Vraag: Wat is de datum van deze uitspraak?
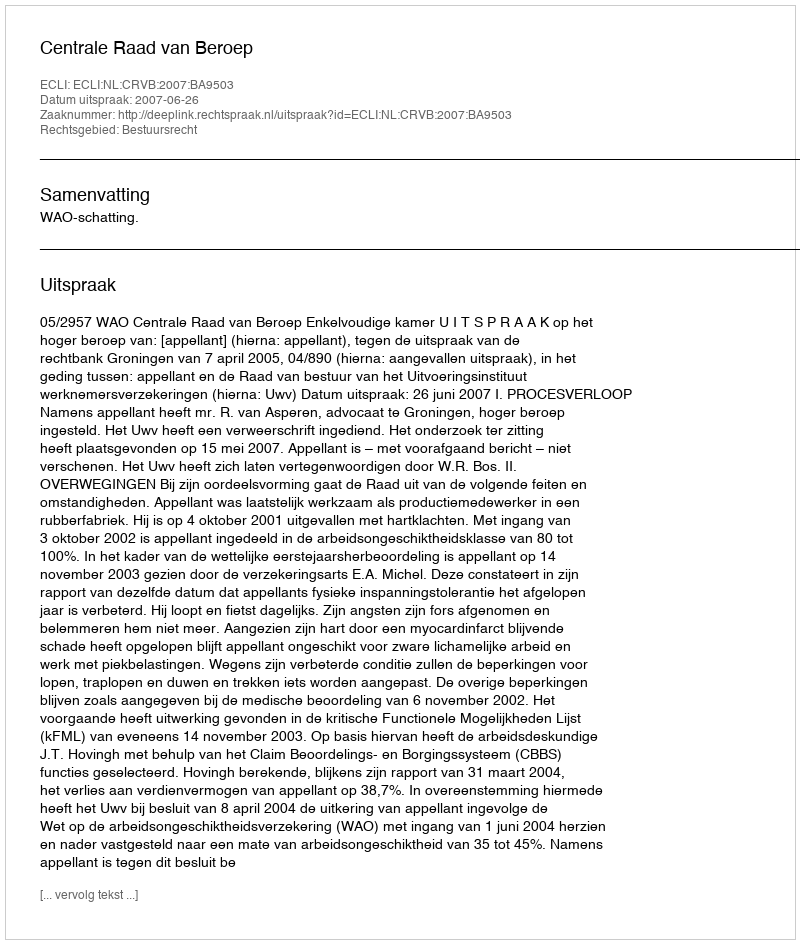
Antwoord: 2007-06-26